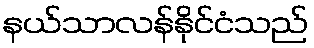
နယ်သာလန်နိုင်ငံသည်